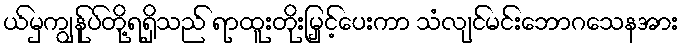
ယ်မှကျွန်ုပ်တို့ရရှိသည် ရာထူးတိုးမြှင့်ပေးကာ သံလျင်မင်းဘောဂသေနအား